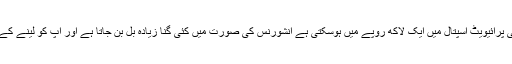
وہی سرجری جو کسی پرائیویٹ اسپتال میں ایک لاکھ روپے میں ہوسکتی ہے انشورنس کی صورت میں کئی گنا زیادہ بل بن جاتا ہے اور آپ کو لینے کے دینے پڑ جاتے ہیں ۔